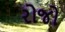
રોજો